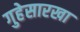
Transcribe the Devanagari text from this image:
गुहेसारखा